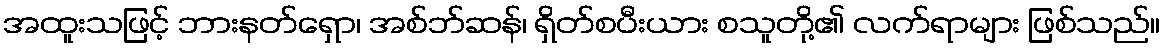
အထူးသဖြင့် ဘားနတ်ရှော၊ အစ်ဘ်ဆန်၊ ရှိတ်စပီးယား စသူတို့၏ လက်ရာများ ဖြစ်သည်။